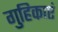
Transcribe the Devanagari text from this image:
गुहिकाएं